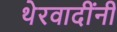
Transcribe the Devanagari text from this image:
थेरवादींनी